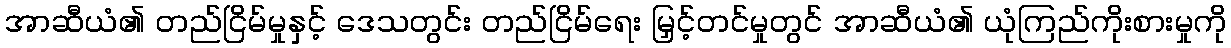
အာဆီယံ၏ တည်ငြိမ်မှုနှင့် ဒေသတွင်း တည်ငြိမ်ရေး မြှင့်တင်မှုတွင် အာဆီယံ၏ ယုံကြည်ကိုးစားမှုကို